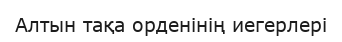
Алтын тақа орденінің иегерлері